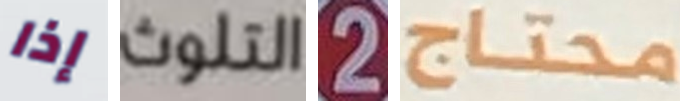
إذا التلوث 2 محتاج